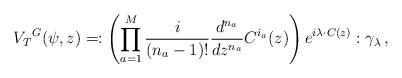
LaTeX: \begin{align*}{V_T}^G(\psi,z)=:\left(\prod^M_{a=1}{i\over(n_a-1)!}{d^{n_a}\over dz^{n_a}}C^{i_a}(z)\right)e^{i\lambda\cdot C(z)}:\gamma_\lambda\,,\end{align*}